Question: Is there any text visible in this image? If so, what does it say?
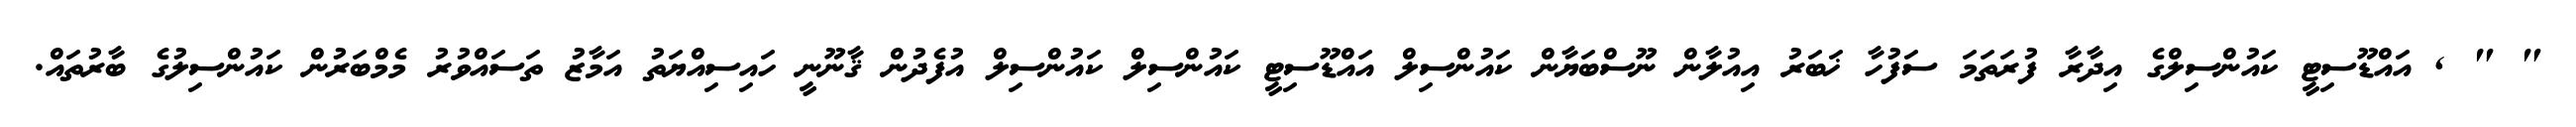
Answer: " " , އައްޑޫސިޓީ ކައުންސިލްގެ އިދާރާ ފުރަތަމަ ސަފުހާ ޚަބަރު އިއުލާން ނޫސްބަޔާން ކައުންސިލް އައްޑޫސިޓީ ކައުންސިލް ކައުންސިލް އުފެދުން ޤާނޫނީ ހައިސިއްޔަތު އަމާޒު ތަސައްވުރު މެމްބަރުން ކައުންސިލުގެ ބާރުތައް.